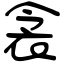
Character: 衾